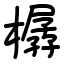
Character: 樼